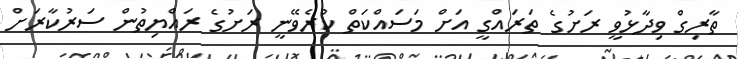
ތާރިގް ވިދާޅުވީ ރަށުގެ ތަރައްގީ އަށް މަސައްކަތް ކުރެވޭނީ ރަށުގެ ރައްޔިތުން ސަރުކާރަށް